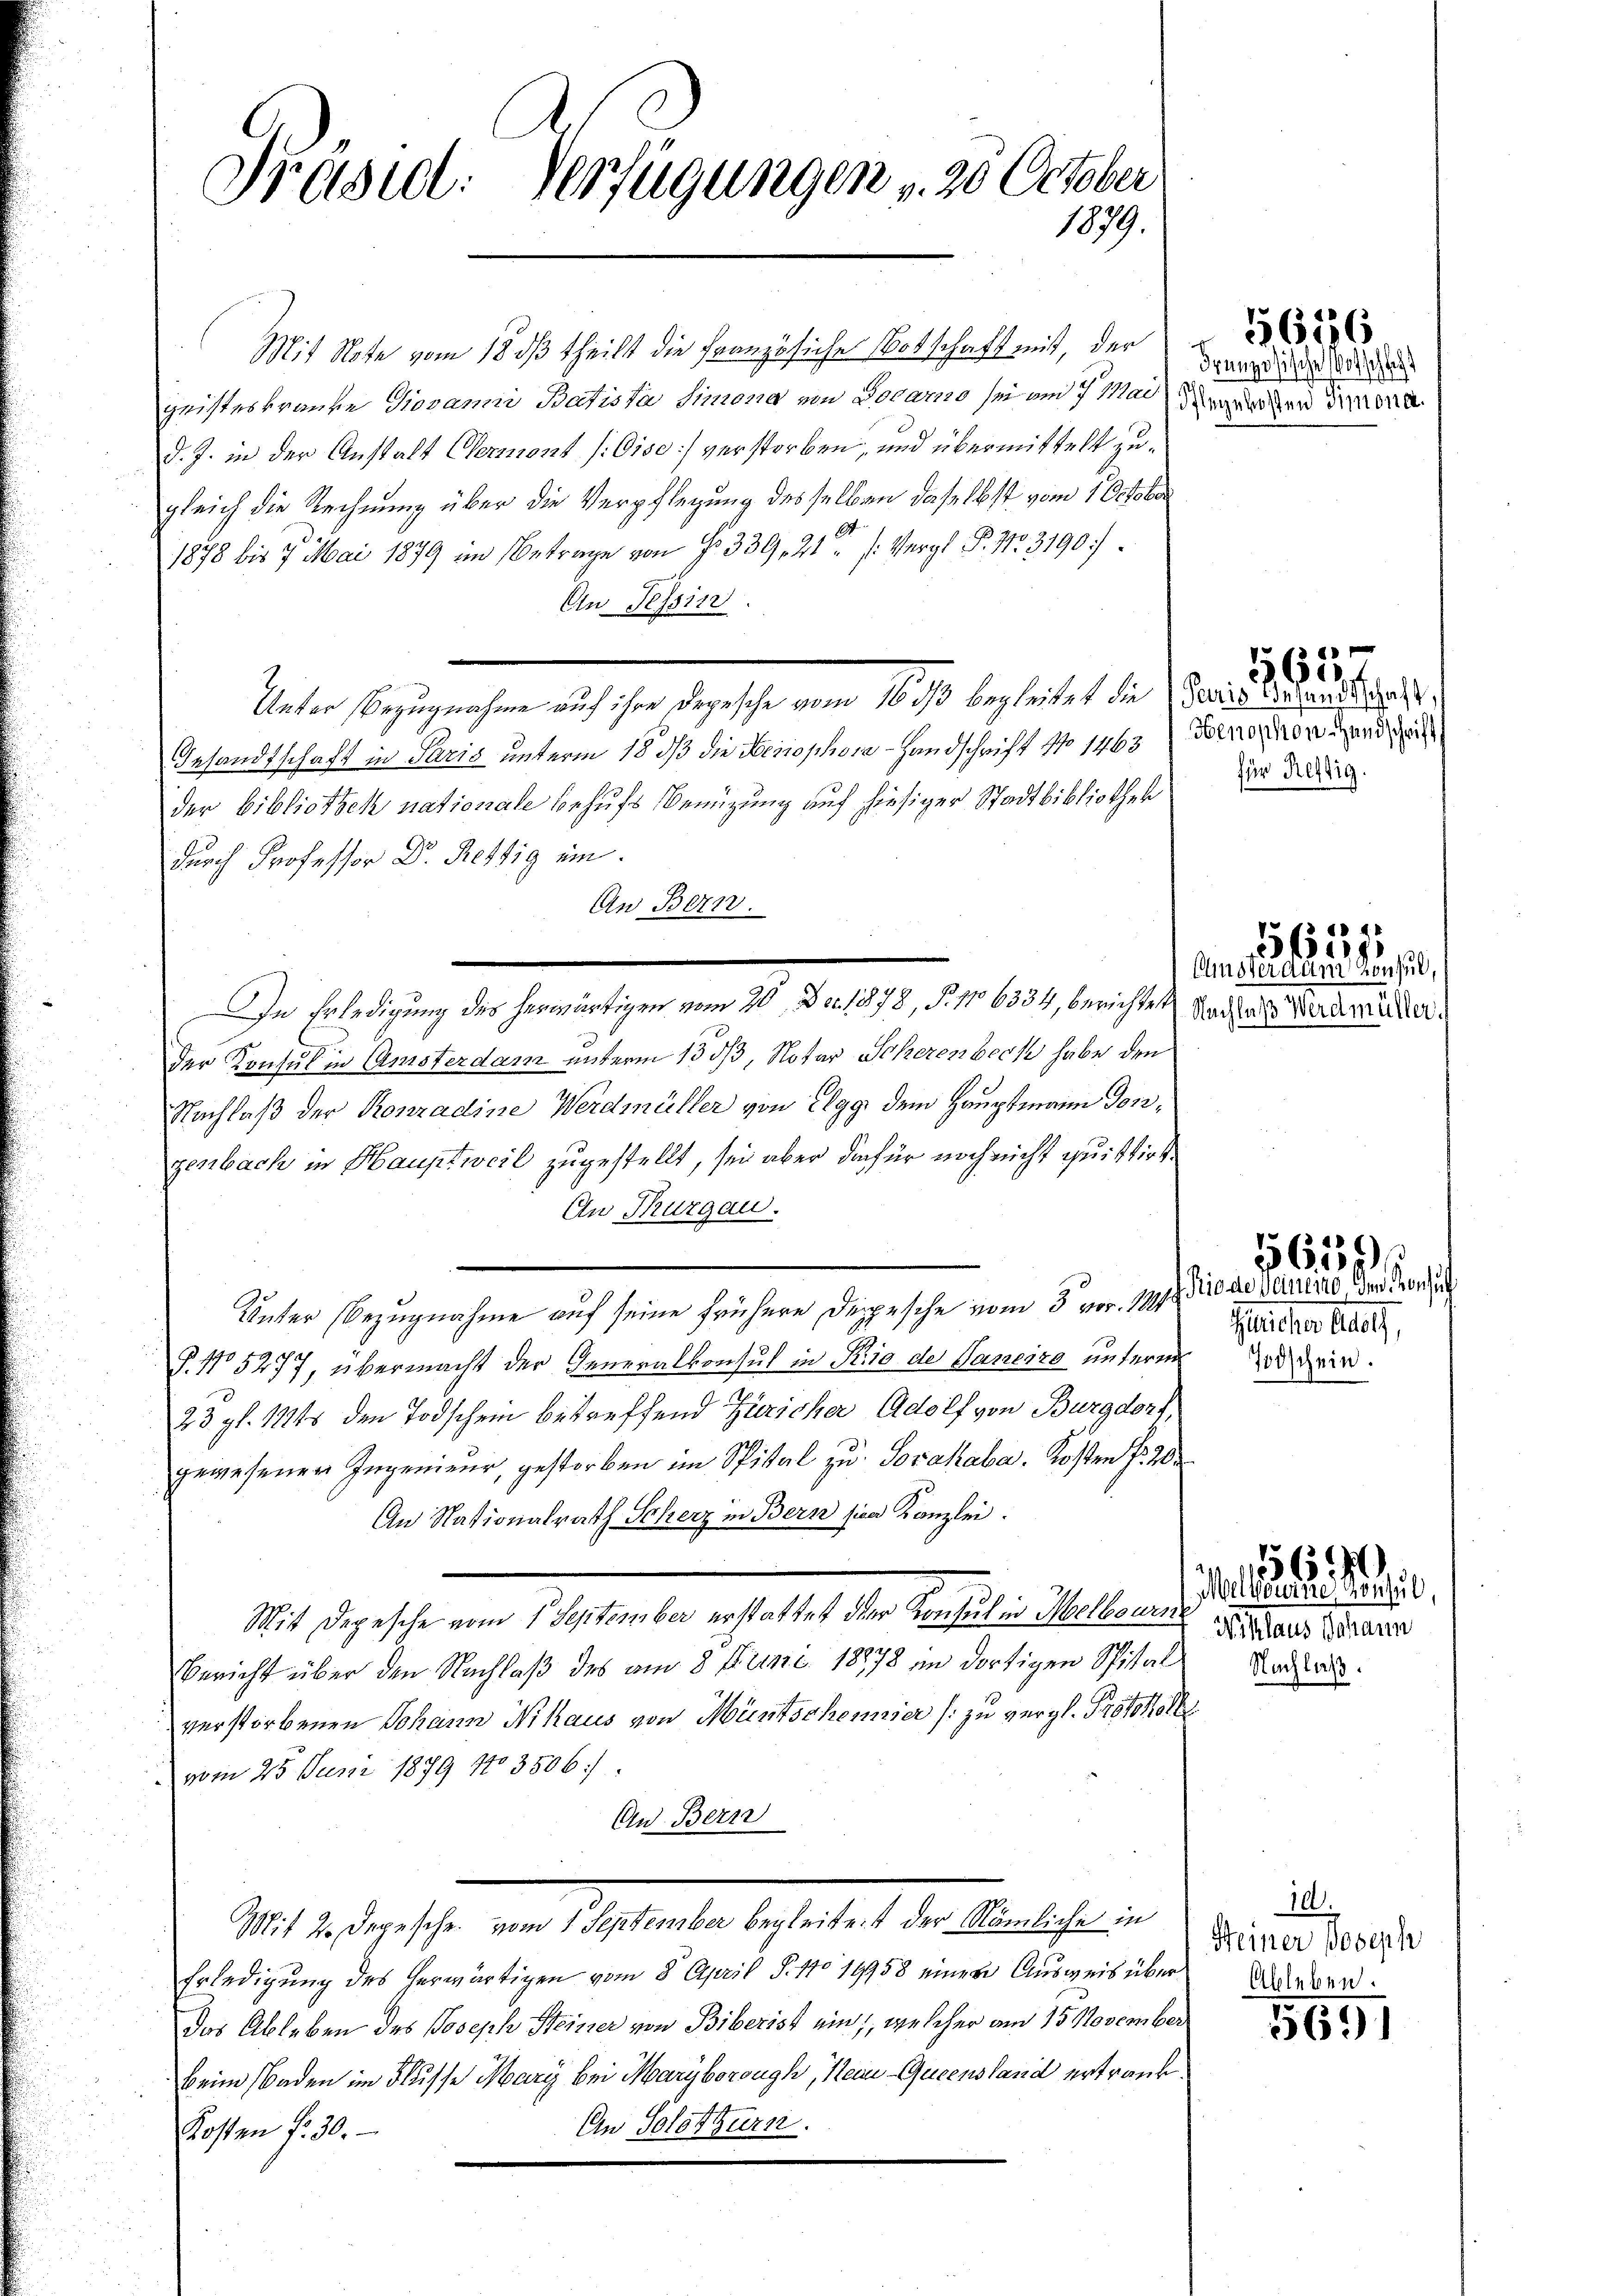
Präsid. Verfügungen , 30 October
1879.

Mit Note vom 18 dß theilt die französiche Botschaft mit, der an die den
geisteskranke Giovani Batista Simona von Docamo sei am 7 Margenden Mona
d. J. in der Anstalt Clermont (Gise] verstorben, und übermittelt zugleich die Rechnung über die Verpflegung desselben daselbst vom 1 October
1878 bis 7 Mai 1879 im Betrage von f. 339, 21 (Vergl. P. 31. 3190:
An Tessin
Rathe bezeichen als ihre es ist eine 1890 des aber die Gaber den 25. d.
Gesandtschaft in Paris unterm 18 dß die Feriephon-Handschrift No 1463 (Forno origend ei
der bibliothek nationale behufs Benützung auf hiesiger Stadtbibliothek
durch Professor D. Restig ein.
An Bern.
der Konsul in Amsterdam unterm 13 dß, Notar Scherenbeck habe den
Nachlaß der Konradine Werdmüller von Elgg dem Hauptmann Tonzenbach in Hauptweil zugestellt, sei aber die für noch nicht quittirt
An Thurgau.
Unter Bezugnahme auf seine frühere Depesche vom 3. vor. 1848 diese Serend der Forde
P. No 5277, übermacht der Generalkonsul in Krio der Saneiro unterm
23 gl. 1124 den Todschein betreffend Züricher Adolf von Burgdorf,
gewesenen Ingenieur, gestorben im Spital zu Sořakaba. Kosten Fr. 202
An Nationalrath Scherz in Bern sien Kanzlei.
Mit Depesche vom 1. September erstattet der Konsul in Melbourn
Bericht über den Nachlaß des am 8 Juni 18878 im dortigen Spitalverstorbenen Johann Nihaus von Müntschemier (: zu vergl. Protokoll
vom 25. Juni 1879 No 3506.
An Bern
Mit 2. Depesche vom 1. September begleitet der Nämliche in
Erledigung des herwärtigen vom 8. April S. 11. 19958 einen Ausweis über
das Ableben des Joseph Steiner von Biberist ein, welcher am 15. November
Beim Baden im Flusse Mari bei Maryborough, Reau-Queensland ertrank.
An Solothurn.
Kosten fr. 30.

In Erledigung des herwärtigen vom 20. Der 1878, S. 16334, berichtet Saches Verdaure

5616

für Restig.

e
5611

Amster dann Konsul,

Züricher Adolf,
Todschein.

48
5624,

5659

Melborruch Konsul
Niklaus Johann
Nachlaß.

556.

.
Steiner Joseph
Ableben.

5691